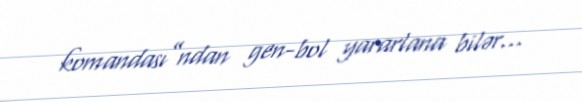
komandası”ndan gen-bol yararlana bilər...